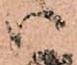
ハ